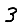
Digit: 3